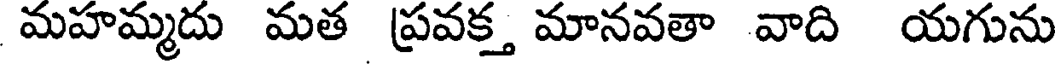
మహమ్మదు మత ప్రవక్త మానవతా వాది యగును